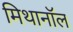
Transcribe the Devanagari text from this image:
मिथानॉल